Annual administration report of the Civil Veterinary Department of India - 1893-1894
Year: 1893
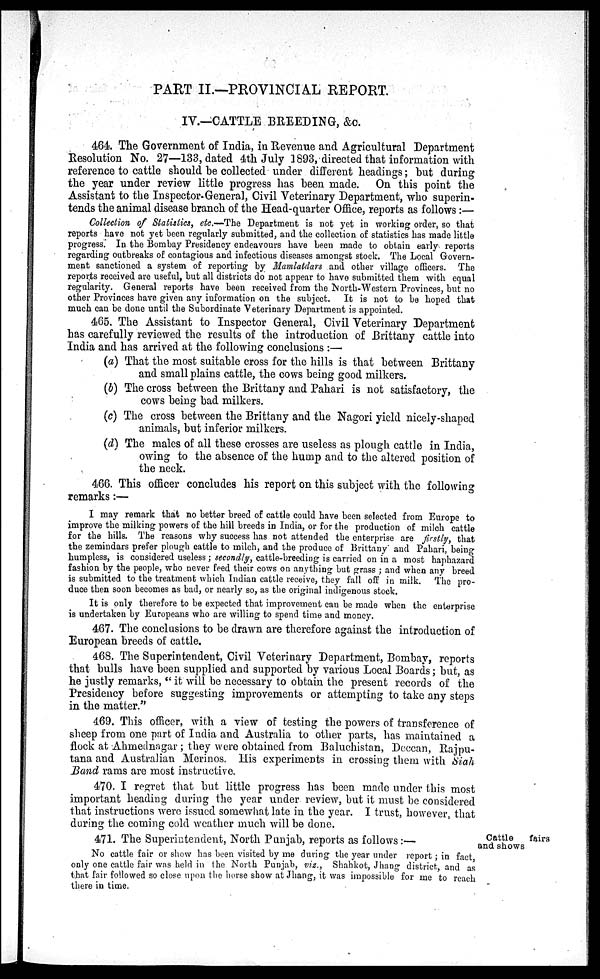
PART II.—PROVINCIAL REPORT.
IV.—CATTLE BREEDING, &c.
464. The Government of India, in Revenue and Agricultural Department
Resolution No. 27—133, dated 4th July 1893, directed that information with
reference to cattle should be collected under different headings; but during
the year under review little progress has been made. On this point the
Assistant to the Inspector-General, Civil Veterinary Department, who superin-
tends the animal disease branch of the Head-quarter Office, reports as follows :—
Collection of Statistics, etc.—The Department is not yet in working order, so that
reports have not yet been regularly submitted, and the collection of statistics has made little
progress. In the Bombay Presidency endeavours have been made to obtain early reports
regarding outbreaks of contagious and infectious diseases amongst stock. The Local Govern-
ment sanctioned a system of reporting by Mamlatdars and other village officers. The
reports received are useful, but all districts do not appear to have submitted them with equal
regularity. General reports have been received from the North-Western Provinces, but no
other Provinces have given any information on the subject. It is not to be hoped that
much can be done until the Subordinate Veterinary Department is appointed.
465. The Assistant to Inspector General, Civil Veterinary Department
has carefully reviewed the results of the introduction of Brittany cattle into
India and has arrived at the following conclusions :—
(a) That the most suitable cross for the hills is that between Brittany
and small plains cattle, the cows being good milkers.
(b) The cross between the Brittany and Pahari is not satisfactory, the
cows being bad milkers.
(c) The cross between the Brittany and the Nagori yield nicely-shaped
animals, but inferior milkers.
(d) The males of all these crosses are useless as plough cattle in India,
owing to the absence of the hump and to the altered position of
the neck.
466. This officer concludes his report on this subject with the following
remarks:—
I may remark that no better breed of cattle could have been selected from Europe to
improve the milking powers of the hill breeds in India, or for the production of milch cattle
for the hills. The reasons why success has not attended the enterprise are firstly, that
the zemindars prefer plough cattle to milch, and the produce of Brittany and Pahari, being
humpless, is considered useless ; secondly, cattle-breeding is carried on in a most haphazard
fashion by the people, who never feed their cows on anything but grass ; and when any breed
is submitted to the treatment which Indian cattle receive, they fall off in milk. The pro-
duce then soon becomes as bad, or nearly so, as the original indigenous stock.
It is only therefore to be expected that improvement can be made when the enterprise
is undertaken by Europeans who are willing to spend time and money.
467. The conclusions to be drawn are therefore against the introduction of
European breeds of cattle.
468. The Superintendent, Civil Veterinary Department, Bombay, reports
that bulls have been supplied and supported by various Local Boards; but, as
he justly remarks, " it will be necessary to obtain the present records of the
Presidency before suggesting improvements or attempting to take any steps
in the matter."
469. This officer, with a view of testing the powers of transference of
sheep from one part of India and Australia to other parts, has maintained a
flock at Ahmednagar ; they were obtained from Baluchistan, Deccan, Rajpu-
tana and Australian Merinos. His experiments in crossing them with Siah
Band rams are most instructive.
470. I regret that but little progress has been made under this most
important heading during the year under review, but it must be considered
that instructions were issued somewhat late in the year. I trust, however, that
during the coming cold weather much will be done.
Cattle
fairs
and shows
471. The Superintendent, North Punjab, reports as follows:—
No cattle fair or show has been visited by me during the year under report; in fact
only one cattle fair was held in the North Punjab, viz., Shahkot, Jhang district and as
that fair followed so close upon the horse show at Jhang, it was impossible for me to reach
there in time.